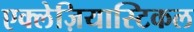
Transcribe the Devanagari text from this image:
एक्लेज़ियास्टिकल